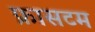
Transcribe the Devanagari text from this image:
फ्रासटम